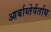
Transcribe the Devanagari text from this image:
आर्बाय्तेर्पर्ताय